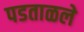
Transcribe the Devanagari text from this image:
पडताळले